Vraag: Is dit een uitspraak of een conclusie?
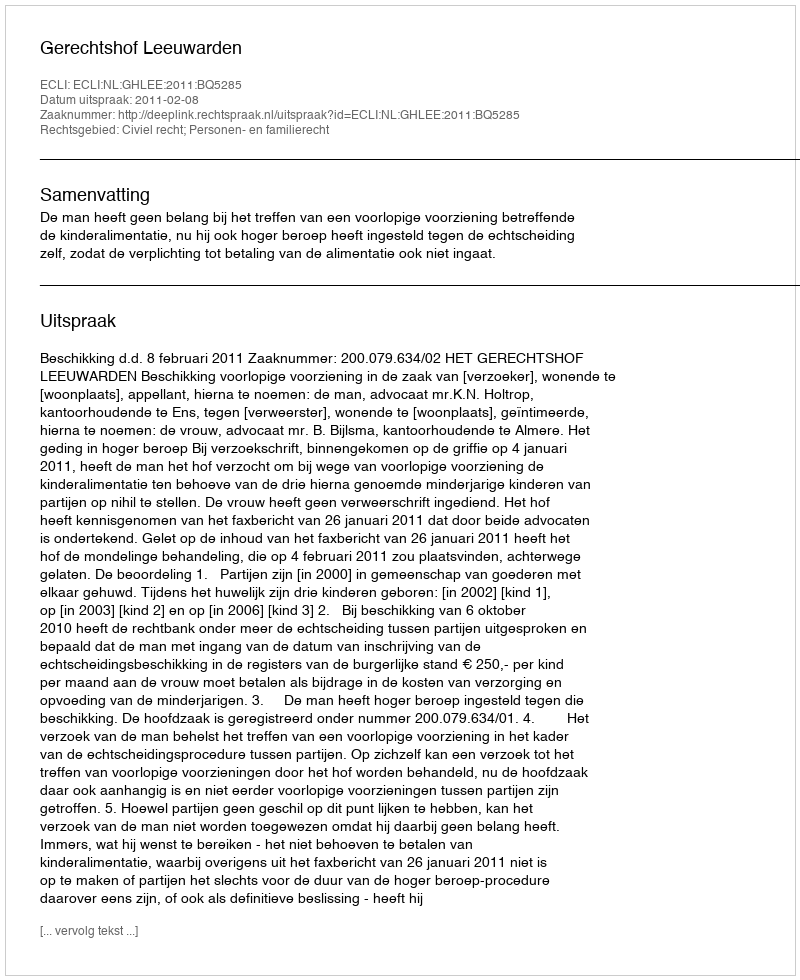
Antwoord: Uitspraak